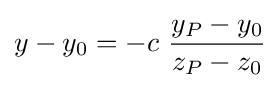
y-y_{0}=-c\ {\frac {y_{P}-y_{0}}{z_{P}-z_{0}}}